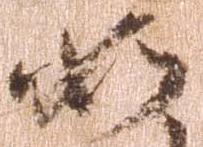
如